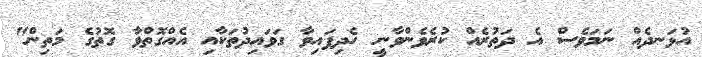
އުޅަނދެއް ނަމަވެސް އެ ދަތުރެއް ކުރެވެންވާނީ ހެދިފައިވާ ގަވައިދުތަކާއި އެއްގޮތްވާ ގޮތުގެ މަތިން"